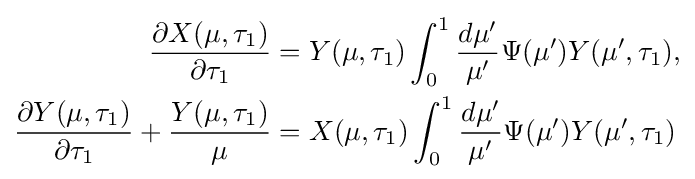
{\begin{aligned}{\frac {\partial X(\mu ,\tau _{1})}{\partial \tau _{1}}}&=Y(\mu ,\tau _{1})\int _{0}^{1}{\frac {d\mu '}{\mu '}}\Psi (\mu ')Y(\mu ',\tau _{1}),\\{\frac {\partial Y(\mu ,\tau _{1})}{\partial \tau _{1}}}+{\frac {Y(\mu ,\tau _{1})}{\mu }}&=X(\mu ,\tau _{1})\int _{0}^{1}{\frac {d\mu '}{\mu '}}\Psi (\mu ')Y(\mu ',\tau _{1})\end{aligned}}